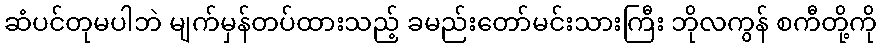
ဆံပင်တုမပါဘဲ မျက်မှန်တပ်ထားသည့် ခမည်းတော်မင်းသားကြီး ဘိုလကွန် စကီတို့ကို